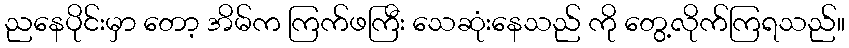
ညနေပိုင်းမှာ တော့ အိမ်က ကြက်ဖကြီး သေဆုံးနေသည် ကို တွေ့လိုက်ကြရသည်။